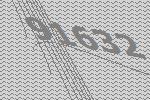
91632